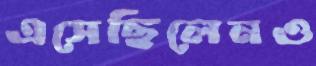
এসেছিলেনও